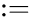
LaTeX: :=